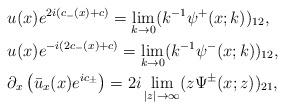
LaTeX: \begin{align*}&u(x)e^{2i(c_-(x)+c)}=\lim _{k\rightarrow 0}(k^{-1}\psi^+(x;k))_{12},\\&u(x)e^{-i(2c_-(x)+c)}=\lim _{k\rightarrow 0}(k^{-1}\psi^-(x;k))_{12},\\&\partial_x\left(\bar{u}_x(x) e^{ic_\pm}\right)=2 i \lim _{|z| \rightarrow \infty} (z \Psi^{\pm}(x;z))_{21}, \end{align*}